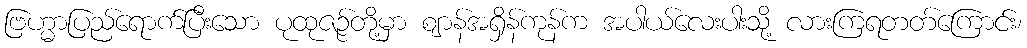
ဗြဟ္မာပြည်ရောက်ပြီးသော ပုထုဇဉ်တို့မှာ ဈာန်အရှိန်ကုန်က အပါယ်လေးပါးသို့ လားကြရတတ်ကြောင်း၊